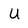
Character: U